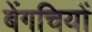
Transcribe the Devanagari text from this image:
बेंगचियों